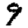
Digit: 9